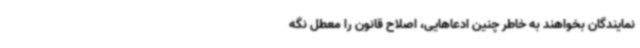
نمایندگان بخواهند به‌ خاطر چنین ادعاهایی، اصلاح قانون را معطل نگه‌